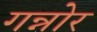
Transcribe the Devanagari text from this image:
गन्नोर